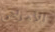
للأمراض